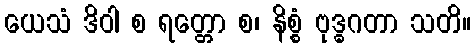
ယေသံ ဒိဝါ စ ရတ္တော စ၊ နိစ္စံ ဗုဒ္ဓဂတာ သတိ။